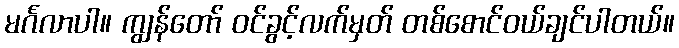
မင်္ဂလာပါ။ ကျွန်တော် ဝင်ခွင့်လက်မှတ် တစ်စောင်ဝယ်ချင်ပါတယ်။